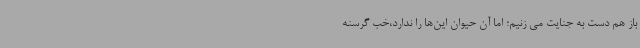
باز هم دست به جنایت می زنیم؛ اما آن حیوان این‌ها را ندارد،خب گرسنه